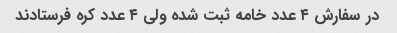
در سفارش ۴ عدد خامه ثبت شده ولی ۴ عدد کره فرستادند